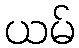
ယမ်